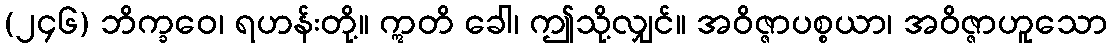
(၂၄၆) ဘိက္ခဝေ၊ ရဟန်းတို့။ ဣတိ ခေါ၊ ဤသို့လျှင်။ အဝိဇ္ဇာပစ္စယာ၊ အဝိဇ္ဇာဟူသော